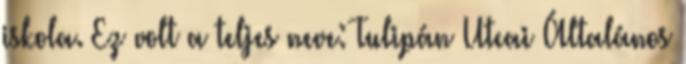
iskola. Ez volt a teljes neve: Tulipán Utcai Általános